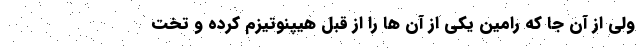
ولی از آن جا که رامین یکی از آن ها را از قبل هیپنوتیزم کرده و تخت